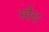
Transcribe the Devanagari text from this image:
स्वैच